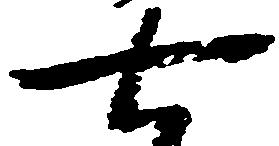
七